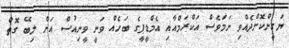
ޔަގީންކޮށްދެއްވި ނަމަވެސް އަކްރަމްއާއި އެމްޑީޕީގެ ބަހެއް ވަނީ ވީނިއުސް އަށް ލިބޭ ގޮތް